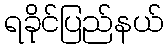
ရခိုင်ပြည်နယ်